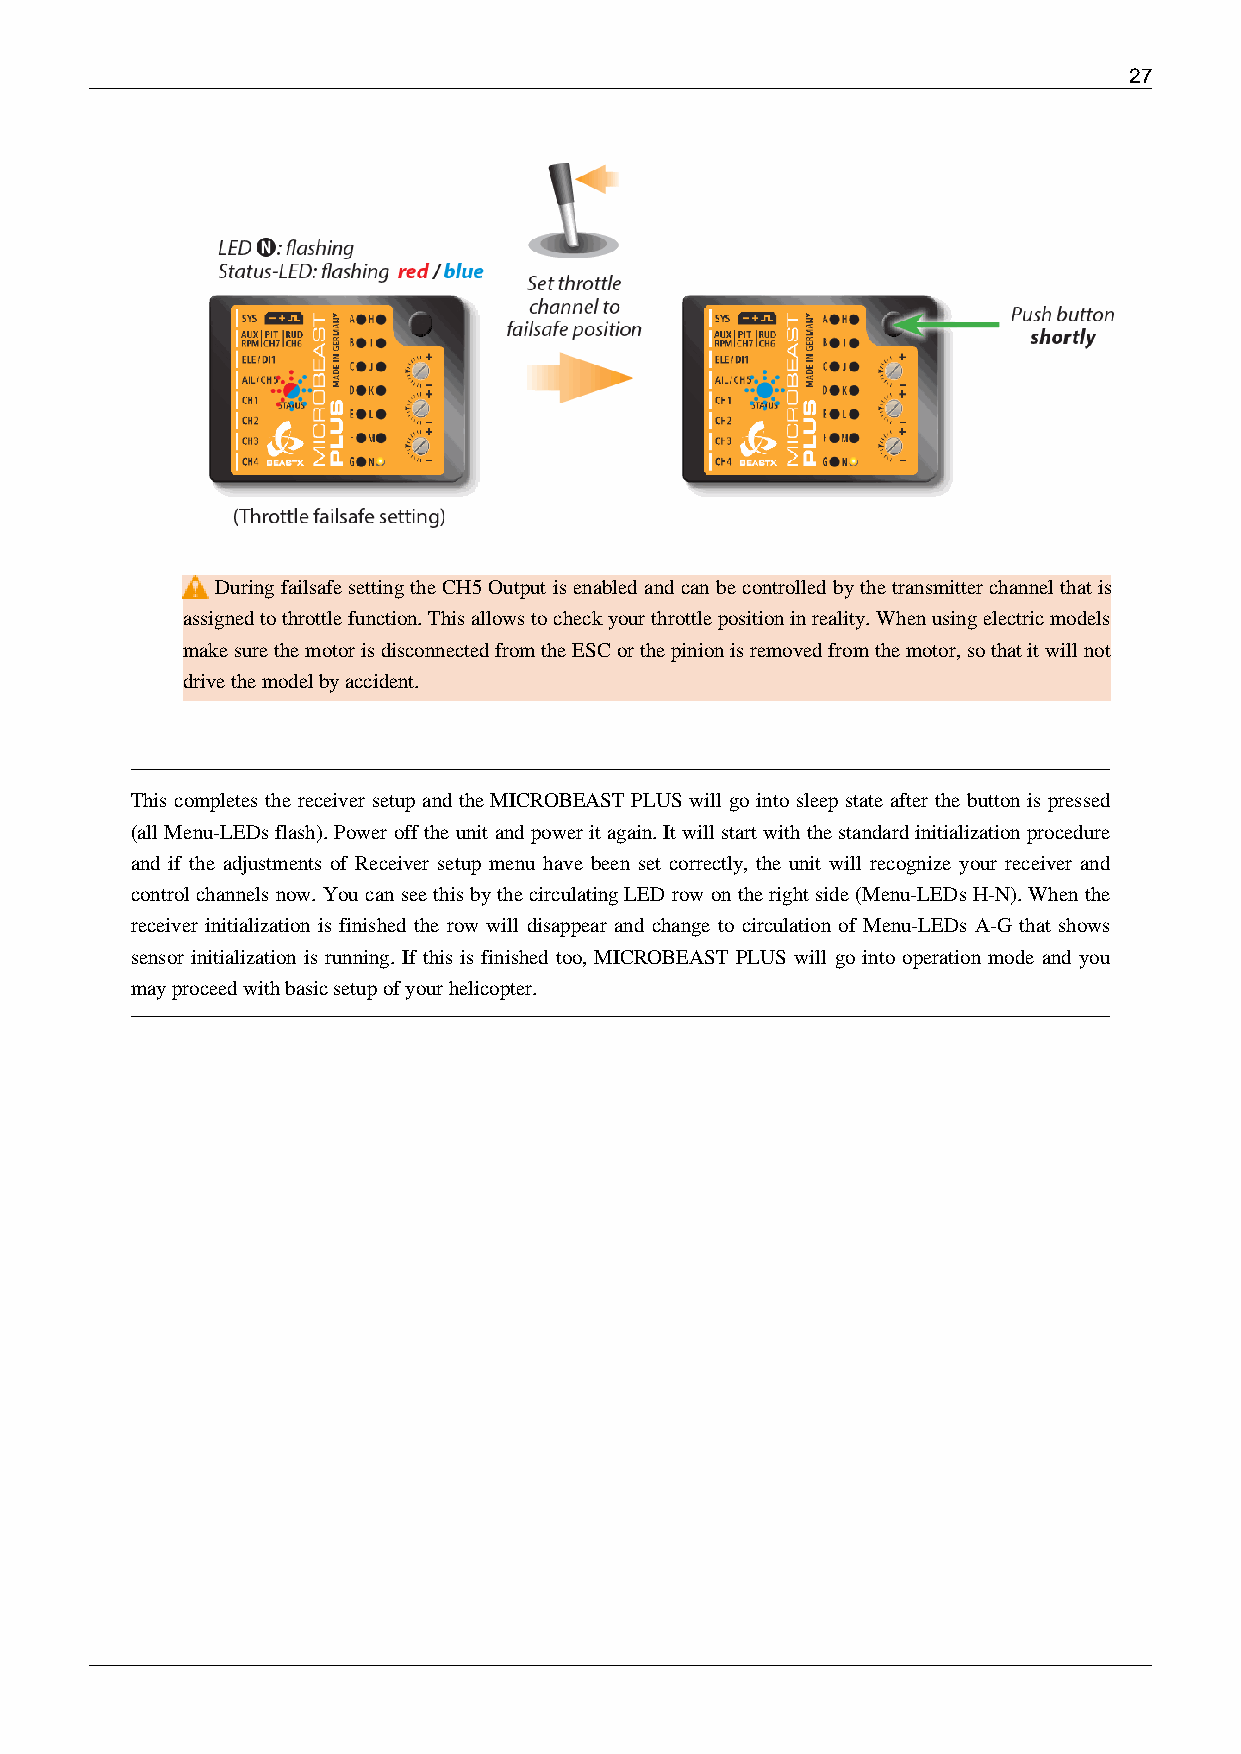
27
 During failsafe setting the CH5 Output is enabled and can be controlled by the transmitter channel that is
 assigned to throttle function. This allows to check your throttle position in reality. When using electric models
 make sure the motor is disconnected from the ESC or the pinion is removed from the motor, so that it will not
 drive the model by accident.
 This completes the receiver setup and the MICROBEAST PLUS will go into sleep state after the button is pressed
 (all Menu-LEDs flash). Power off the unit and power it again. It will start with the standard initialization procedure
 and if the adjustments of Receiver setup menu have been set correctly, the unit will recognize your receiver and
 control channels now. You can see this by the circulating LED row on the right side (Menu-LEDs H-N). When the
 receiver initialization is finished the row will disappear and change to circulation of Menu-LEDs A-G that shows
 sensor initialization is running. If this is finished too, MICROBEAST PLUS will go into operation mode and you
 may proceed with basic setup of your helicopter.